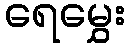
ရေမွှေး